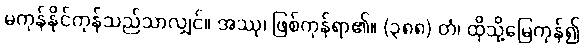
မကုန်နိုင်ကုန်သည်သာလျှင်။ အဿု၊ ဖြစ်ကုန်ရာ၏။ (၃၈၈) တံ၊ ထိုသို့မြေကုန်၍